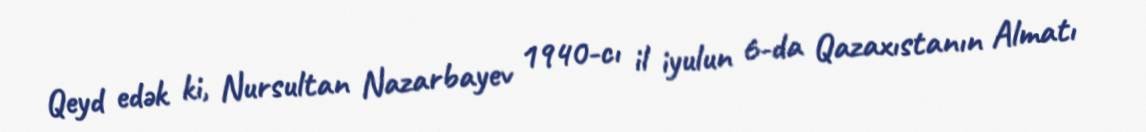
Qeyd edək ki, Nursultan Nazarbayev 1940-cı il iyulun 6-da Qazaxıstanın Almatı